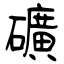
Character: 礦